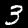
Digit: 3